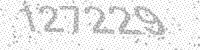
Solution: 127229